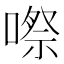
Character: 㗫